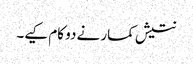
نتیش کمار نے دو کام کیے۔